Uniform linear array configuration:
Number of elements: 12
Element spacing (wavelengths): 0.75
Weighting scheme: cosine
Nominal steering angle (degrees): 45
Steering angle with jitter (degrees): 43.566
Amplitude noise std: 0.05
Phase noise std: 0.05

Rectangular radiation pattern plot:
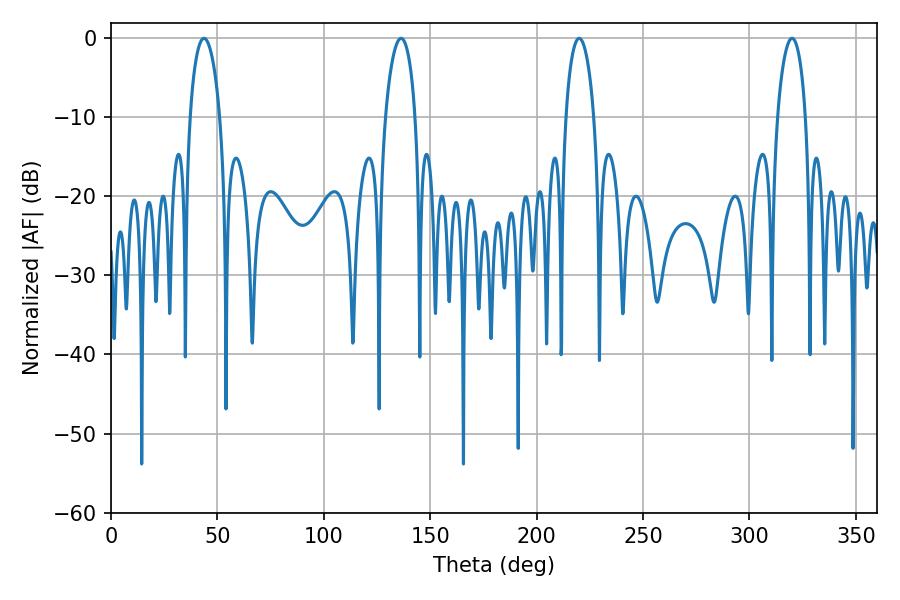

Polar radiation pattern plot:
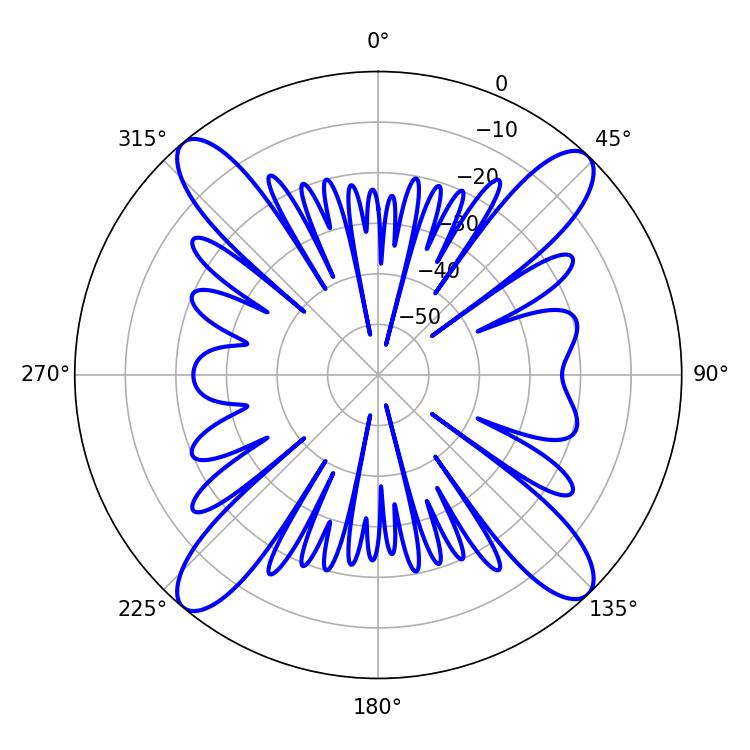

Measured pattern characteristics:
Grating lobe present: TRUE
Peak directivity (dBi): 18.554
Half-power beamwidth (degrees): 7.56
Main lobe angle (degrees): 219.96